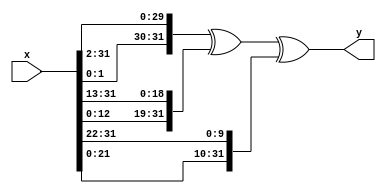
`timescale 1ns/1ps
//////////////////////////////////////////////////////////////////////////////////
// Company: Technische Universitt Berlin 
//           Denis Dominik Zebrowski
//           Manjunatha Narayanappa
//           Sachin S Dominic
//           Zhenbang Liu
//
//
//
// Project Name: FPGA Bitcoin Miner (Advanced Embedded System Project Course)
//
// Semester : Summer Semester 2020
//
// Target Devices: Basys 3 (Only simulation is done. Not tested on hardware)
//
// Dependencies: Offline data of bitcoin blocks stored in block_header.csv
// 
// Simulation is running at around 100MHz Clock Frequency (clk) (Corresponds to 400MHz 
// of Basys 3 board). All performance results are calculated with respect to 
// timescale of 10ns.
//////////////////////////////////////////////////////////////////////////////////


//SIGMA0= ROTR_2(x) XOR ROTR_13(x) XOR ROTR_22(x)
module SIGMA0 (x, y);

	input [31:0] x;
	output [31:0] y;

	assign y = {x[1:0],x[31:2]} ^ {x[12:0],x[31:13]} ^ {x[21:0],x[31:22]};

endmodule

//SIGMA1= ROTR_6(x) XOR ROTR_11(x) XOR ROTR_25(x)
module SIGMA1 (x, y);

	input [31:0] x;
	output [31:0] y;

	assign y = {x[5:0],x[31:6]} ^ {x[10:0],x[31:11]} ^ {x[24:0],x[31:25]};

endmodule

//choice- first input(x) is used to determine whether to use second(y) or third input(z)
//1 in x takes y, 0 in x takes z
module choice (x, y, z, o);

	input [31:0] x, y, z;
	output [31:0] o;

	assign o = z ^ (x & (y ^ z));

endmodule
//majority of three bits of three inputs: x,y,z
//if more 0's then take 0, if 1's then take 1
module majority (x, y, z, o);

	input [31:0] x, y, z;
	output [31:0] o;

	assign o = (x & y) | (z & (x | y));

endmodule

//sigma0 function. ROTR_7(x) XOR ROTR_18(x) XOR SHR_3(x)
module sigma0 (x, y);

	input [31:0] x;
	output [31:0] y;

	assign y[31:29] = x[6:4] ^ x[17:15]; 
	assign y[28:0] = {x[3:0], x[31:7]} ^ {x[14:0],x[31:18]} ^ x[31:3];

endmodule

//sigma1 function. ROTR_17(x) XOR ROTR_19(x) XOR SHR_1(x)
module sigma1 (x, y);

	input [31:0] x;
	output [31:0] y;

	assign y[31:22] = x[16:7] ^ x[18:9];
	assign y[21:0] = {x[6:0],x[31:17]} ^ {x[8:0],x[31:19]} ^ x[31:10];

endmodule